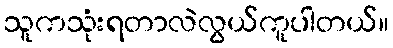
သူကသုံးရတာလဲလွယ်ကူပါတယ်။